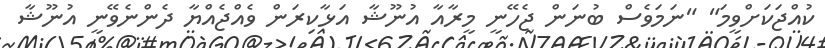
ކުއްޖަކަށްވީމަ" "ނަމަވެސް ބުނަން ޖެހޭނީ މީރާއާ އުނޫޝާ އަޅާކިރަން ވެއްޖެއްޔާ ދެންނެވޭނީ އުނޫޝާ